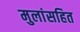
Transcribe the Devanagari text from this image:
मुलांसहित